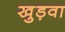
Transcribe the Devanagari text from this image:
खुड़वा